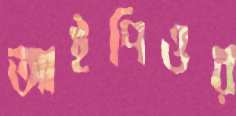
আইপিওর